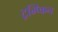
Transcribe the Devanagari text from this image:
ट्रम्प्किन